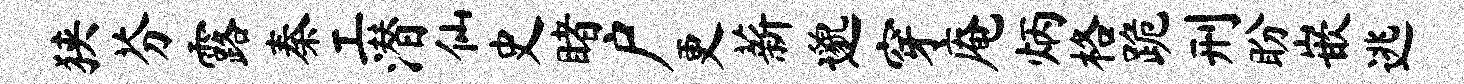
狭芬露秦工潜仙史睹户更薪邈穿庵炳格跪刑盼嵌逃